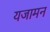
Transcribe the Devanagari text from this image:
यजामन